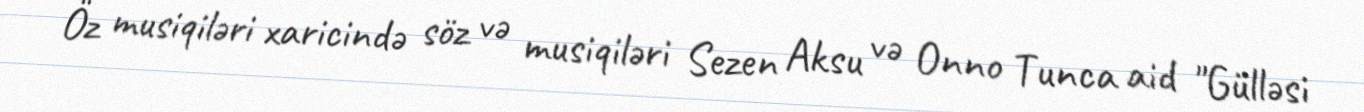
Öz musiqiləri xaricində söz və musiqiləri Sezen Aksu və Onno Tunca aid "Gülləsi